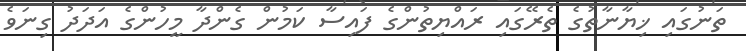
ތަނުގައި ޚިޔާނާތުގެ ތެރޭގައި ރައްޔިތުންގެ ފައިސާ ކަމުން ގެންދާ މީހުންގެ އަދަދު ގިނަވެ